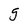
Character: g